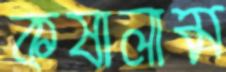
কষালাম